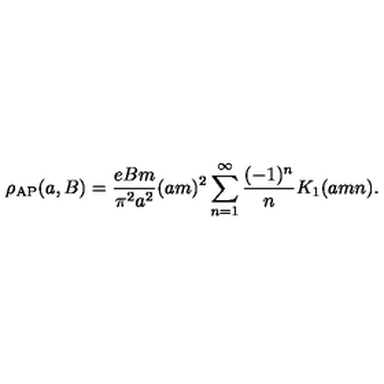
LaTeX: \rho _ { \mathrm { \tiny A P } } ( a , B ) = { \frac { e B m } { \pi ^ { 2 } a ^ { 2 } } } ( a m ) ^ { 2 } \sum _ { n = 1 } ^ { \infty } { \frac { ( - 1 ) ^ { n } } { n } } K _ { 1 } ( a m n ) .